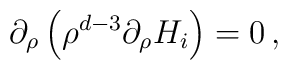
\partial_{\rho}\left(\rho^{d-3}\partial_{\rho}H_{i} \right) =0\, ,